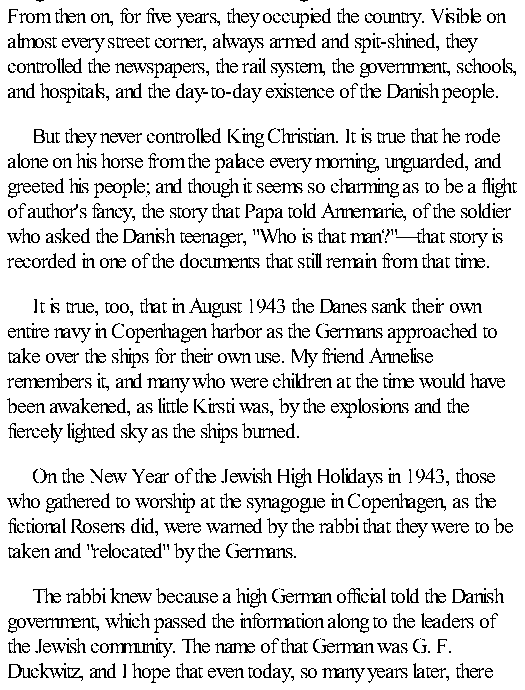
King Christian surrendered, and overnight the soldiers moved in.
 From then on, for five years, they occupied the country. Visible on
 almost every street corner, always armed and spit-shined, they
 controlled the newspapers, the rail system, the government, schools,
 and hospitals, and the day-to-day existence of the Danish people.
 But they never controlled King Christian. It is true that he rode
 alone on his horse from the palace every morning, unguarded, and
 greeted his people; and though it seems so charming as to be a flight
 of author's fancy, the story that Papa told Annemarie, of the soldier
 who asked the Danish teenager, "Who is that man?"—that story is
 recorded in one of the documents that still remain from that time.
 It is true, too, that in August 1943 the Danes sank their own
 entire navy in Copenhagen harbor as the Germans approached to
 take over the ships for their own use. My friend Annelise
 remembers it, and many who were children at the time would have
 been awakened, as little Kirsti was, by the explosions and the
 fiercely lighted sky as the ships burned.
 On the New Year of the Jewish High Holidays in 1943, those
 who gathered to worship at the synagogue in Copenhagen, as the
 fictional Rosens did, were warned by the rabbi that they were to be
 taken and "relocated" by the Germans.
 The rabbi knew because a high German official told the Danish
 government, which passed the information along to the leaders of
 the Jewish community. The name of that German was G. F.
 Duckwitz, and I hope that even today, so many years later, there